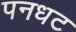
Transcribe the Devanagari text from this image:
पनधट